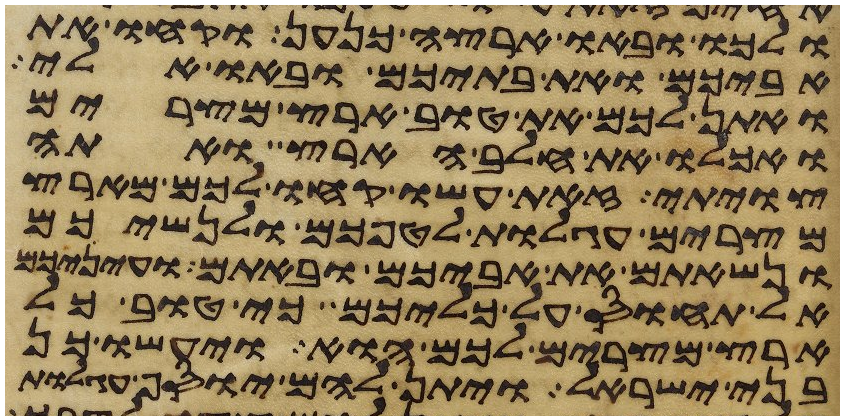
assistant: ולכו ובאו ארצה כנען וקחו את
אביכם ואת בתיכם ובאו אלי
ואתן לכם את טוב ארץ מצרים
ואכלו את חלב הארץ ואתה
צויתי זאת עשו קחו לכם מארץ
מצרים עגלות לטפכם ולנשיכם
ונשאתם את אביכם ובאתם ועיניכם
אל תחוס על כליכם כי טוב כל
ארץ מצרים לכם הוא ויעשו כן
בני ישראל ויתן להם יוסף עגלות